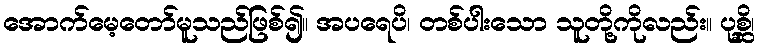
အောက်မေ့တော်မူသည်ဖြစ်၍။ အပရေပိ၊ တစ်ပါးသော သူတို့ကိုလည်း။ ပုစ္ဆိ၊